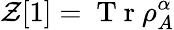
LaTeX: \mathcal{Z}[1]=\mathrm{~T~r~}\rho_{A}^{\alpha}